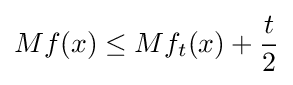
Mf(x)\leq Mf_{t}(x)+{\frac {t}{2}}